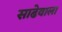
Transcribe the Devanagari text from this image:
साढेवाला